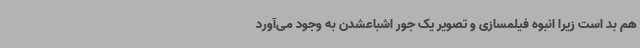
هم بد است زیرا انبوه فیلمسازی و تصویر یک جور اشباعشدن به وجود می‌آورد